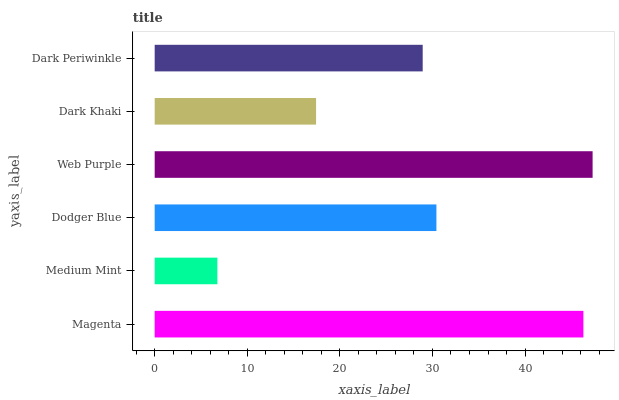
| yaxis_label | bars |
 | --- | --- |
 | Magenta | 46.3 |
 | Medium Mint | 6.77 |
 | Dodger Blue | 30.4 |
 | Web Purple | 47.3 |
 | Dark Khaki | 17.4 |
 | Dark Periwinkle | 28.9 |